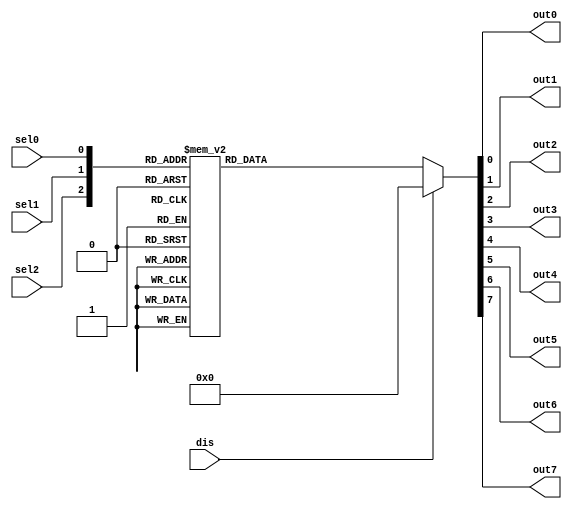
module TC_Decoder3 (dis, sel0, sel1, sel2, out0, out1, out2, out3, out4, out5, out6, out7);
    parameter UUID = 0;
    parameter NAME = "";
    input dis;
    input sel0;
    input sel1;
    input sel2;
    output reg out0;
    output reg out1;
    output reg out2;
    output reg out3;
    output reg out4;
    output reg out5;
    output reg out6;
    output reg out7;

    always @ (dis or sel2 or sel1 or sel0)
    begin
        case({dis, sel2, sel1, sel0})
        4'b0000 : {out7, out6, out5, out4, out3, out2, out1, out0} = 8'b0000_0001;
        4'b0001 : {out7, out6, out5, out4, out3, out2, out1, out0} = 8'b0000_0010;
        4'b0010 : {out7, out6, out5, out4, out3, out2, out1, out0} = 8'b0000_0100;
        4'b0011 : {out7, out6, out5, out4, out3, out2, out1, out0} = 8'b0000_1000;
        4'b0100 : {out7, out6, out5, out4, out3, out2, out1, out0} = 8'b0001_0000;
        4'b0101 : {out7, out6, out5, out4, out3, out2, out1, out0} = 8'b0010_0000;
        4'b0110 : {out7, out6, out5, out4, out3, out2, out1, out0} = 8'b0100_0000;
        4'b0111 : {out7, out6, out5, out4, out3, out2, out1, out0} = 8'b1000_0000;
        default : {out7, out6, out5, out4, out3, out2, out1, out0} = 8'b0000_0000;
        endcase
    end 
endmodule